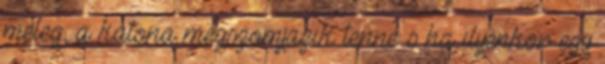
meleg, a katona megszomjazik tenne s ha ilyenkor egy